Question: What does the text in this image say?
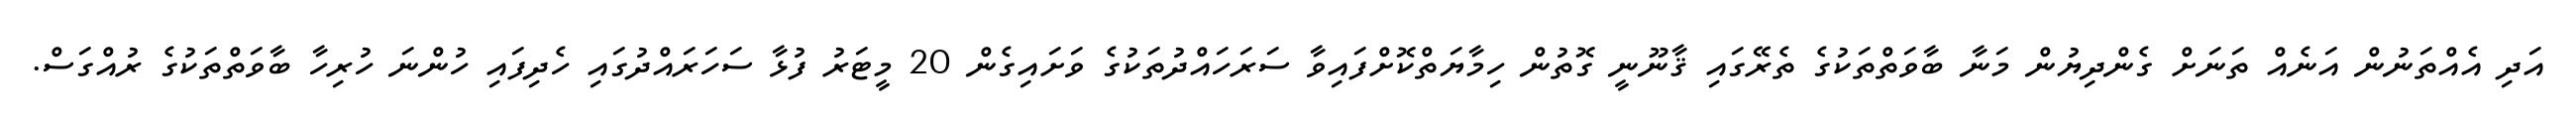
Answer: އަދި އެއްތަނުން އަނެއް ތަނަށް ގެންދިޔުން މަނާ ބާވަތްތަކުގެ ތެރޭގައި ޤާނޫނީ ގޮތުން ހިމާޔަތްކޮށްފައިވާ ސަރަހައްދުތަކުގެ ވަށައިގެން 20 މީޓަރު ފުޅާ ސަހަރައްދުގައި ހެދިފައި ހުންނަ ހުރިހާ ބާވަތްތަކުގެ ރުއްގަސް.